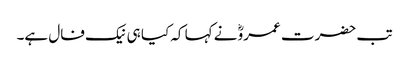
تب حضرت عمروؓ نے کہا کہ کیا ہی نیک فال ہے۔